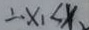
\therefore x _ { 1 } < x _ { 2 }